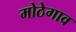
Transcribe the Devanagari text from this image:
मोठेगाव